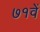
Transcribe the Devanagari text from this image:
७१वें